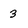
Character: 3